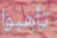
تأهبوا